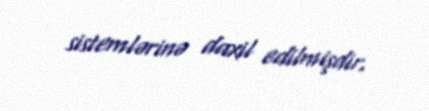
sistemlərinə daxil edilmişdir.